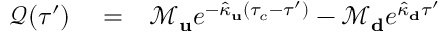
\begin{array} { r l r } { \mathcal { Q } ( \tau ^ { \prime } ) } & { { } = } & { \mathcal { M } _ { \bf u } e ^ { - \hat { \kappa } _ { \bf u } ( \tau _ { c } - \tau ^ { \prime } ) } - \mathcal { M } _ { \bf d } e ^ { \hat { \kappa } _ { \bf d } \tau ^ { \prime } } } \end{array}